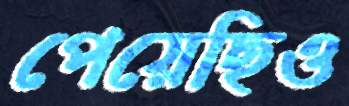
পেয়েছিও